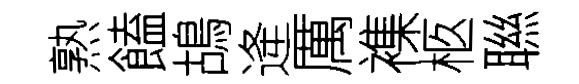
熟饁鴣逄厲襍柩聮